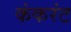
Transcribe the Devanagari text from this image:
कंकरंट